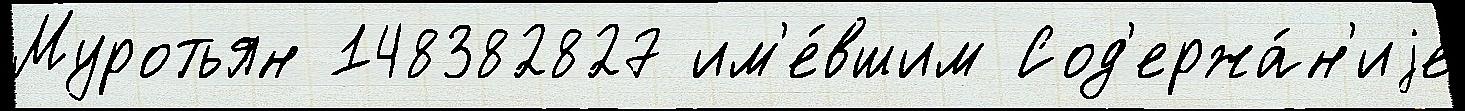
Муротьян 148382827 им'е́вшим Сод'ержа́н'иjе